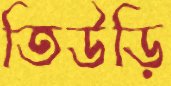
তিউড়ি